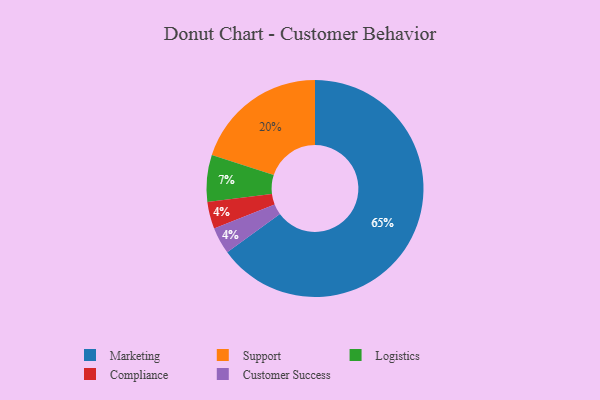
{"axis": {"x": "Category", "y": "Percentage"}, "legend": ["Compliance", "Customer Success", "Logistics", "Marketing", "Support"], "data": [{"x": "Logistics", "y": 7, "type": "Logistics"}, {"x": "Support", "y": 20, "type": "Support"}, {"x": "Compliance", "y": 4, "type": "Compliance"}, {"x": "Customer Success", "y": 4, "type": "Customer Success"}, {"x": "Marketing", "y": 65, "type": "Marketing"}]}